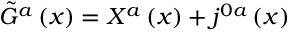
\tilde { G } ^ { a } \left( x \right) = X ^ { a } \left( x \right) + j ^ { 0 a } \left( x \right)